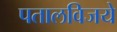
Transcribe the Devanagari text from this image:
पतालविजये